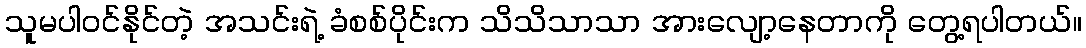
သူမပါဝင်နိုင်တဲ့ အသင်းရဲ့ ခံစစ်ပိုင်းက သိသိသာသာ အားလျော့နေတာကို တွေ့ရပါတယ်။